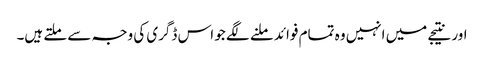
اور نتیجے میں انہیں وہ تمام فوائد ملنے لگے جو اس ڈگری کی وجہ سے ملتے ہیں۔